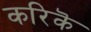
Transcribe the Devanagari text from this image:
करिकॆ